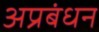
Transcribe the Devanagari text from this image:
अप्रबंधन